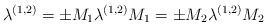
\begin{align*}\lambda^{(1,2)} = \pm M_1 \lambda^{(1,2)} M_1 = \pm M_2 \lambda^{(1,2)} M_2 \;\end{align*}